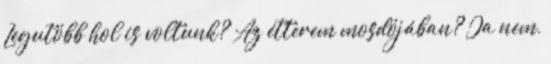
Legutóbb hol is voltunk? Az étterem mosdójában? Ja nem,